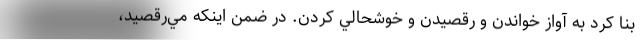
بنا كرد به آواز خواندن و رقصيدن و خوشحالي كردن. در ضمن اينكه مي‌رقصيد،